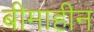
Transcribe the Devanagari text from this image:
बीमाहीन